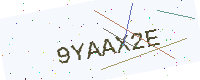
Text: 9YAAX2E